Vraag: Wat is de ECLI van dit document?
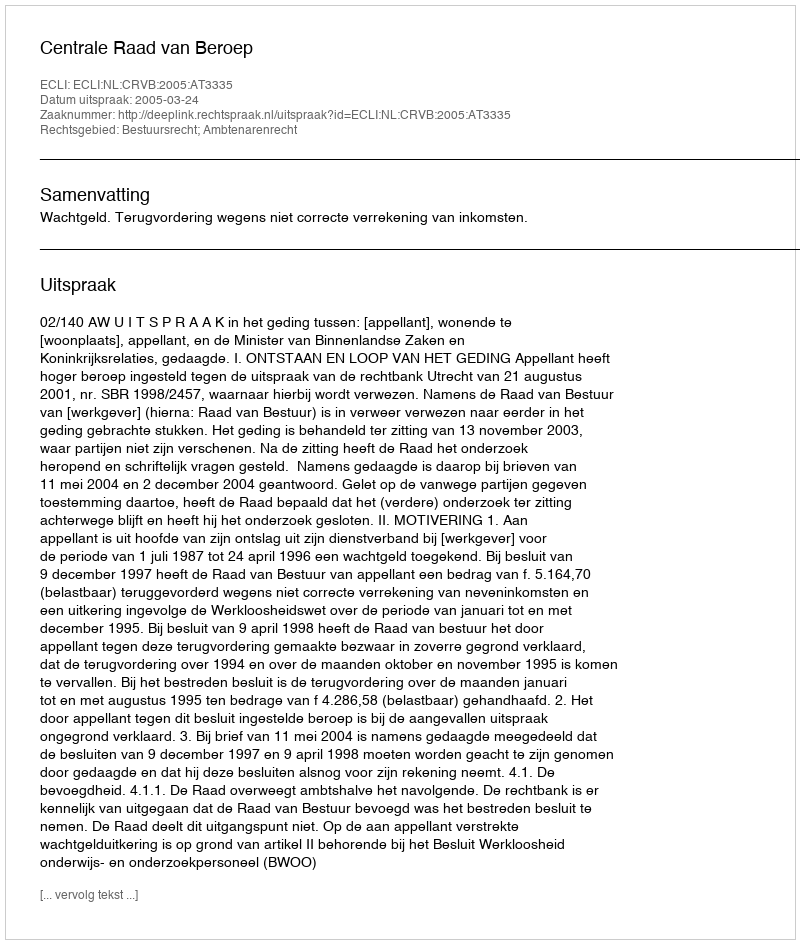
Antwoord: ECLI:NL:CRVB:2005:AT3335